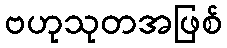
ဗဟုသုတအဖြစ်